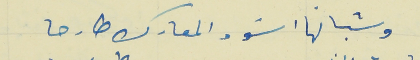
وشبانها اسَود المعارك طارحا